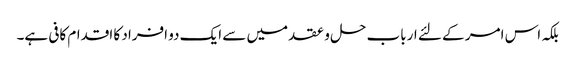
بلکہ اس امر کے لئے ارباب حل و عقد میں سے ایک دو افراد کا اقدام کافی ہے۔